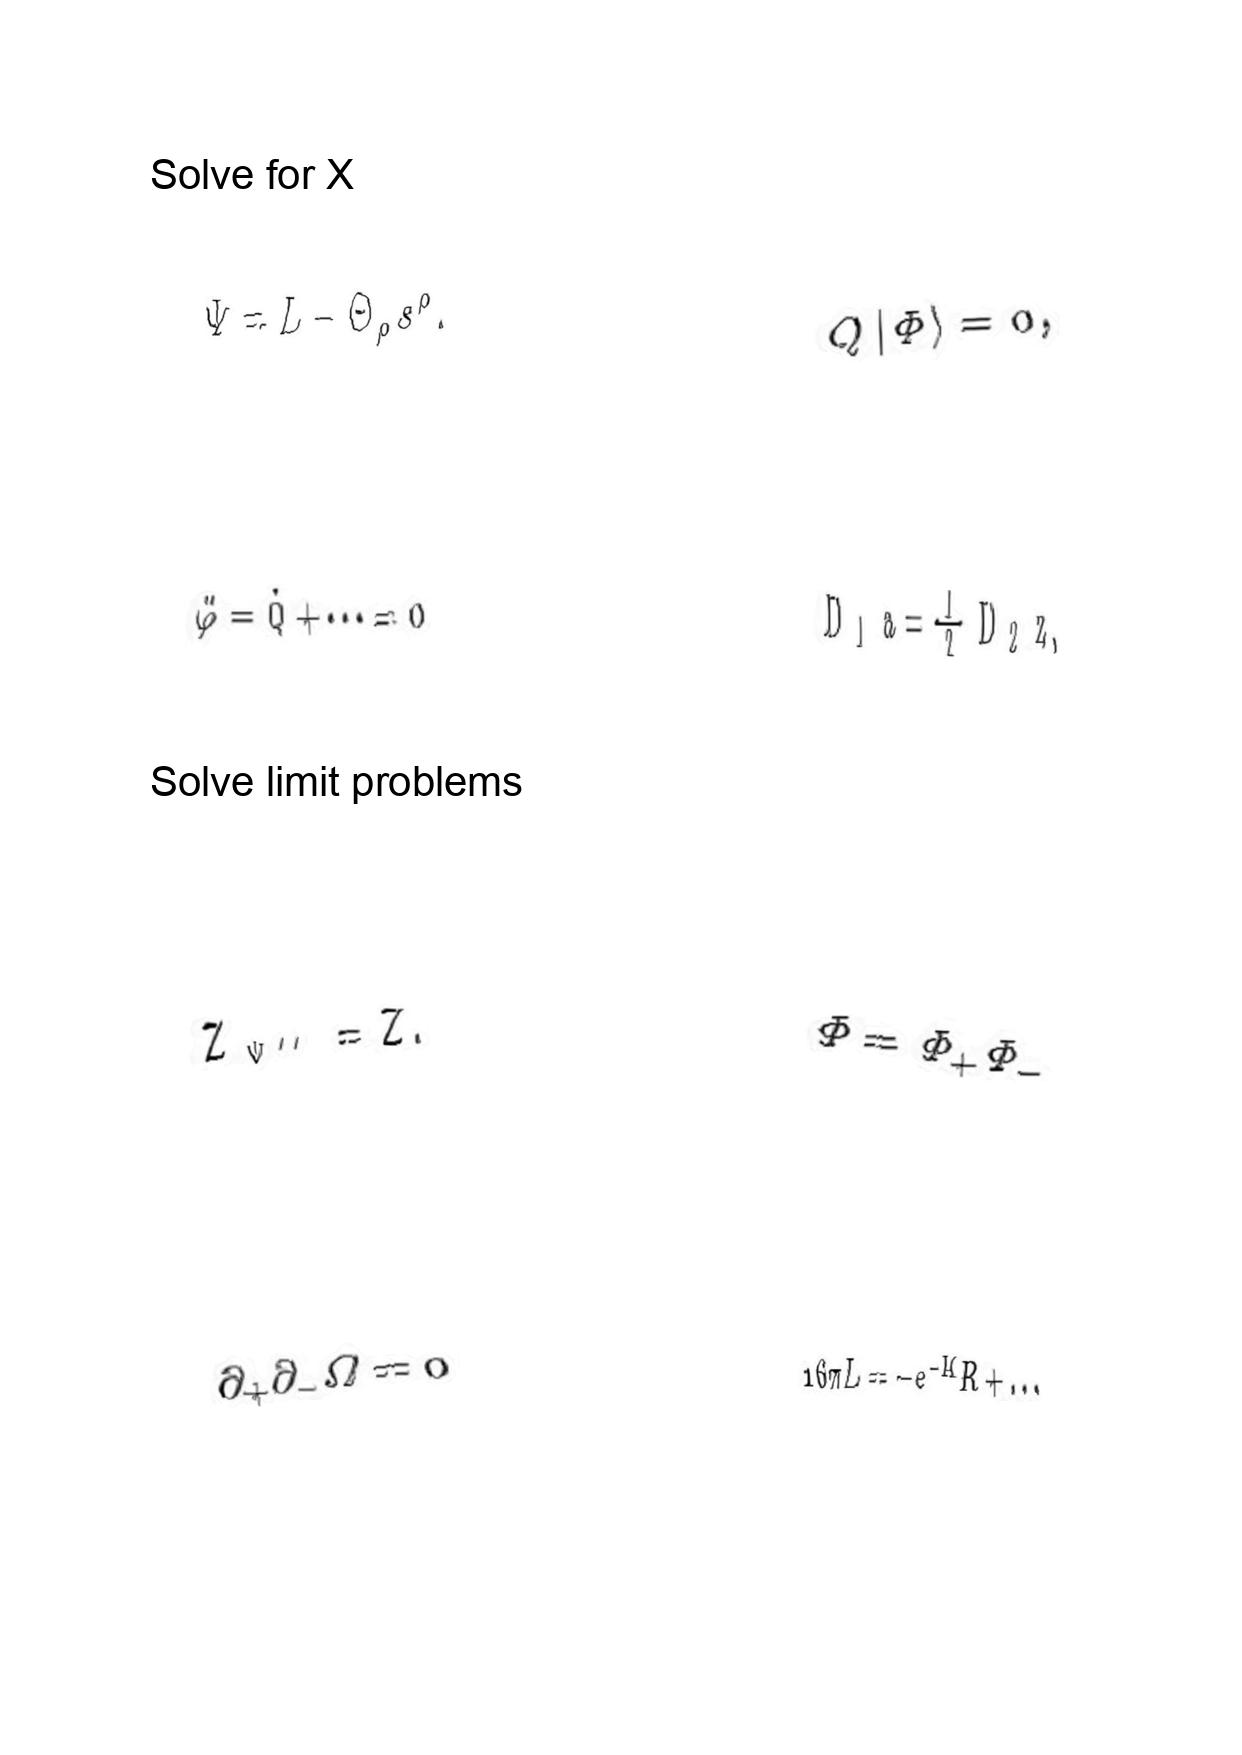
LaTeX transcription:
\Psi = L - \Theta _ { \rho } s ^ { \rho } .
\ddot { \varphi } = \dot { Q } + \@cdots = 0
Z _ { \Psi ^ { \prime \prime } } = Z .
\partial _ { + } \partial _ { - } \Omega = 0
Q \vert \Phi \rangle = 0 ,
D _ { 1 } a = \frac { 1 } { 2 } D _ { 2 } z ,
\Phi = \Phi _ { + } \Phi _ { - }
1 6 \pi L = - e ^ { - K } R + \ldots